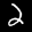
Label: 2